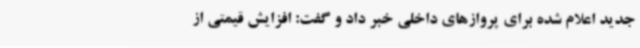
جدید اعلام شده برای پروازهای داخلی خبر داد و گفت: افزایش قیمتی از